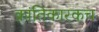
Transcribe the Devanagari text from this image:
क्रांतिकारकच